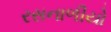
રસનાળીયો